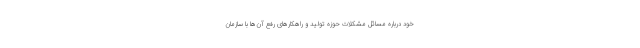
خود درباره مسائل مشکلات حوزه تولید و راهکارهای رفع آن‌ها با سازمان